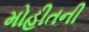
મોહીતની